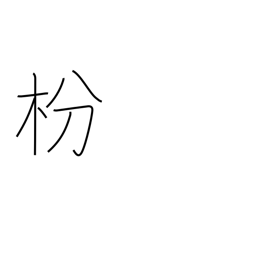
Meaning: pine tree